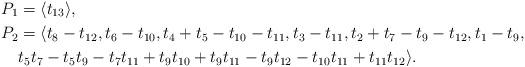
LaTeX: \begin{align*}P_1&=\langle t_{13} \rangle,\\P_2&=\langle t_{8}-t_{12}, t_{6}-t_{10}, t_{4}+t_{5}-t_{10}-t_{11}, t_{3}-t_{11}, t_{2}+t_{7}-t_{9}-t_{12}, t_{1}-t_{9}, \\ &t_{5}t_{7}-t_{5}t_{9}-t_{7}t_{11}+t_{9}t_{10}+t_{9}t_{11}-t_{9}t_{12}-t_{10}t_{11}+t_{11}t_{12} \rangle.\end{align*}